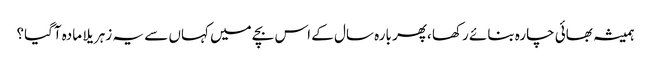
ہمیشہ بھائی چارہ بنائے رکھا ،پھر بارہ سال کے اس بچے میں کہاں سے یہ زہریلا مادہ آگیا؟